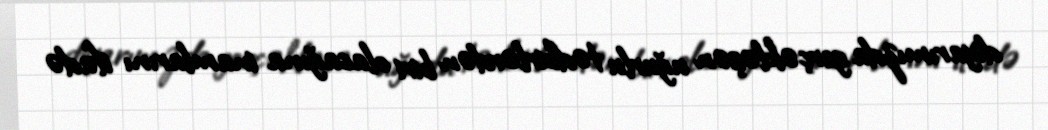
diyarımızda gerçəkləşən uğurlu tədbirlərdən biri olacağına inamlarını ifadə